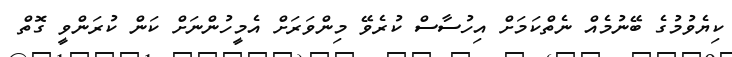
ކިޔެވުމުގެ ބޭނުމެއް ނެތްކަމަށް އިހުސާސް ކުރެވޭ މިންވަރަށް އެމީހުންނަށް ކަން ކުރަންވީ ގޮތް